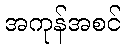
အကုန်အစင်